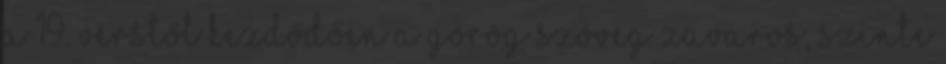
a 19. verstől kezdődően a görög szöveg zavaros, szinte